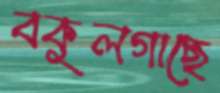
বকুলগাছে